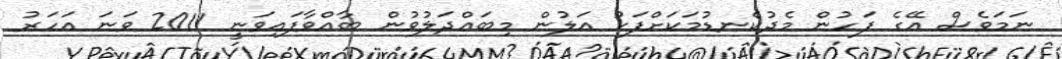
ނަމަވެސް އޭގެ ފަހުން މެދުކެނޑުމަކަށްފަހު އަލުން މިބައްދަލުވުން ބާއްވާފައިވަނީ 2011 ވަނަ އަހަރު